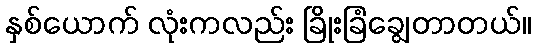
နှစ်ယောက် လုံးကလည်း ခြိုးခြံချွေတာတယ်။